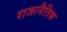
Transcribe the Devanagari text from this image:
राजानैतिक